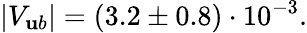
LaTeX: |V_{\mathbf{u}b}|=(3.2\pm0.8)\cdot10^{-3}.